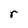
Character: r